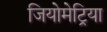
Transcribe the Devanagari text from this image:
जियोमेट्रिया